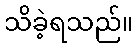
သိခဲ့ရသည်။